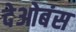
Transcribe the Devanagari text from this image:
देओबंस